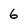
Character: 6